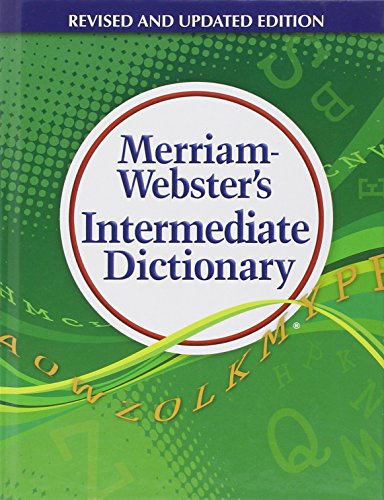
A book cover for Merriam-Webster's Intermediate Dictionary; Children's Books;